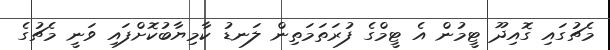
މެޗުގައި ގޮއިދޫ ޓީމުން އެ ޓީމްގެ ފުރަތަމަތިން ލަނޑު ކާމިޔާބުކޮށްފައި ވަނީ މެޗުގެ